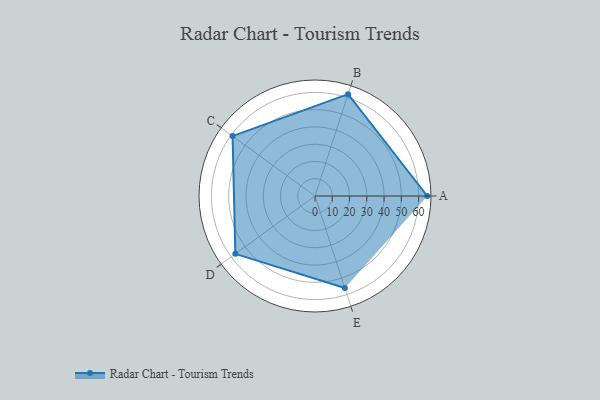
{"axis": {"x": "Skill", "y": "Score"}, "legend": ["Profile"], "data": [{"x": "A", "y": 65.0, "type": "Profile"}, {"x": "B", "y": 62.0, "type": "Profile"}, {"x": "C", "y": 59.0, "type": "Profile"}, {"x": "D", "y": 57.0, "type": "Profile"}, {"x": "E", "y": 56.0, "type": "Profile"}]}